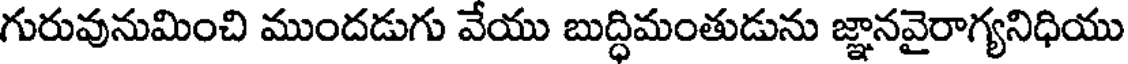
గురువునుమించి ముందడుగు వేయు బుద్ధిమంతుడును జ్ఞానవైరాగ్యనిధియు